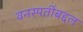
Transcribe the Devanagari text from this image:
वनस्पतींबद्दल